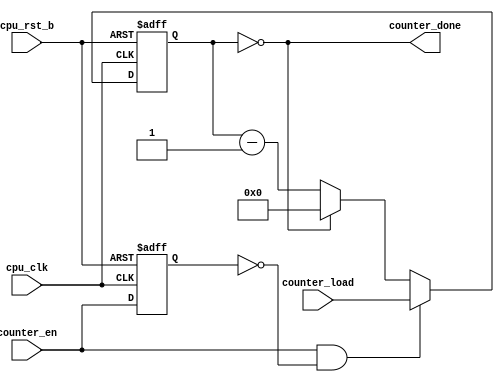
/*Copyright 2019-2021 T-Head Semiconductor Co., Ltd.

Licensed under the Apache License, Version 2.0 (the "License");
you may not use this file except in compliance with the License.
You may obtain a copy of the License at

    http://www.apache.org/licenses/LICENSE-2.0

Unless required by applicable law or agreed to in writing, software
distributed under the License is distributed on an "AS IS" BASIS,
WITHOUT WARRANTIES OR CONDITIONS OF ANY KIND, either express or implied.
See the License for the specific language governing permissions and
limitations under the License.
*/



















module fifo_counter(
  counter_done,
  counter_en,
  counter_load,
  cpu_clk,
  cpu_rst_b
);


input           counter_en;   
input   [31:0]  counter_load; 
input           cpu_clk;      
input           cpu_rst_b;    
output          counter_done; 


reg     [31:0]  counter;      
reg             counter_en_ff; 


wire            counter_done; 
wire            counter_en;   
wire    [31:0]  counter_load; 
wire            cpu_clk;      
wire            cpu_rst_b;    
wire            load_cnt_en;  


always @(posedge cpu_clk or negedge cpu_rst_b)
begin
  if(!cpu_rst_b)
  begin
    counter_en_ff <= 1'b0;
  end
  else
  begin
    counter_en_ff <=counter_en ;
  end
end

assign load_cnt_en= (counter_en && !counter_en_ff);


always @(posedge cpu_clk or negedge cpu_rst_b)
begin
  if(!cpu_rst_b)
  begin
    counter[31:0] <= 32'h0;
  end
  else if (load_cnt_en)
  begin
    counter[31:0] <= counter_load[31:0];
  end
  else if (counter_done)
    counter[31:0] <= 32'b0;
  else 
    counter[31:0] <= counter[31:0] -1'b1;
 end

assign counter_done = (counter[31:0] == 32'b0) ;


endmodule